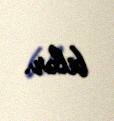
bilər.